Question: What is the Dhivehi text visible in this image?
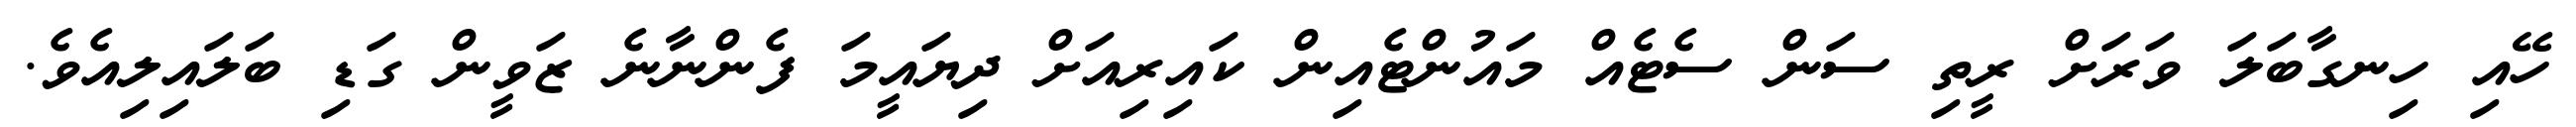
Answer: ހޭއި ހިނގާބަލަ ވަރަށް ރީތި ސަން ސެޓެއް މައުންޓެއިން ކައިރިއަށް ދިޔައީމަ ފެންނާނެ ޒަވީން ގަޑި ބަލައިލިއެވެ.